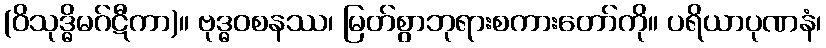
(ဝိသုဒ္ဓိမဂ်ဋီကာ)။ ဗုဒ္ဓဝစနဿ၊ မြတ်စွာဘုရားစကားတော်ကို။ ပရိယာပုဏနံ၊